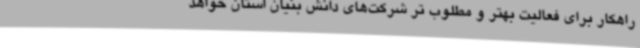
راهکار برای فعالیت بهتر و مطلوب تر شرکت‌های دانش بنیان استان خواهد